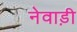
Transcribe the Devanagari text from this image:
नेवाड़ी